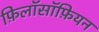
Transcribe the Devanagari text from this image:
फ़िलॉसॉफ़ियन